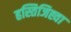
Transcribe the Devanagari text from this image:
हस्तिजिह्वा